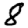
Digit: 8